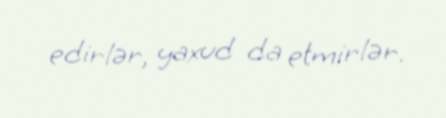
edirlər, yaxud da etmirlər.